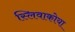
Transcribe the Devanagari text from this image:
स्लिवाकोया